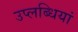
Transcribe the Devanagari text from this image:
उप्लब्धियां